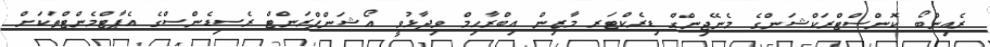
ރެއިންބޯ ކޮންސްޓްރަކްޝަންގެ މެނޭޖިންގް ޑިރެކްޓަރ މާޒިން އިބްރާހިމް ވިދާޅުވީ އޯޝަންފްރަންޓް ރެސިޑެންސްގެ އެޕާޓްމެންޓްތަކަށް